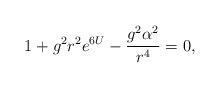
LaTeX: \begin{align*}1+g^{2}r^{2}e^{6U}-\frac{g^{2}\alpha ^{2}}{r^{4}}=0, \end{align*}